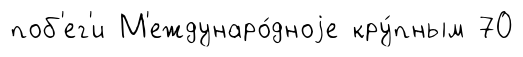
поб'ег'и М'еждунаро́дноjе кру́пным 70